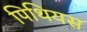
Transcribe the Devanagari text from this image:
पिथियस